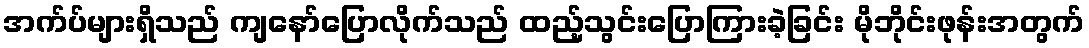
အက်ပ်များရှိသည် ကျနော်ပြောလိုက်သည် ထည့်သွင်းပြောကြားခဲ့ခြင်း မိုဘိုင်းဖုန်းအတွက်